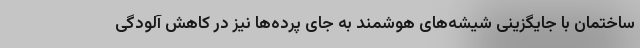
ساختمان با جایگزینی شیشه‌های هوشمند به جای پرده‌ها نیز در کاهش آلودگی